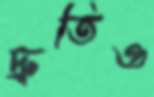
দ্রুতিও